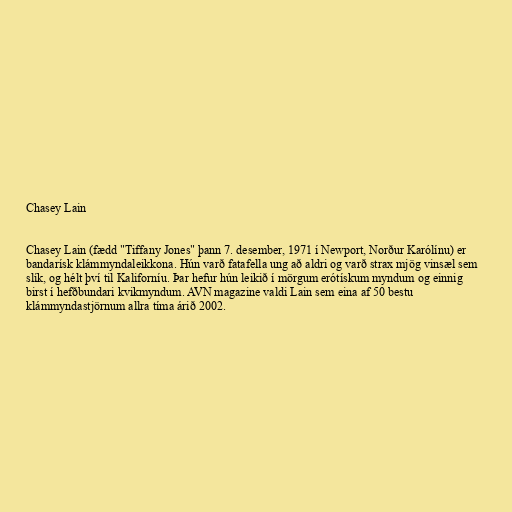
Chasey Lain

Chasey Lain (fædd "Tiffany Jones" þann 7. desember, 1971 í Newport, Norður Karólínu) er
bandarísk klámmyndaleikkona. Hún varð fatafella ung að aldri og varð strax mjög vinsæl sem
slík, og hélt því til Kaliforníu. Þar hefur hún leikið í mörgum erótískum myndum og einnig
birst í hefðbundari kvikmyndum. AVN magazine valdi Lain sem eina af 50 bestu
klámmyndastjörnum allra tíma árið 2002.